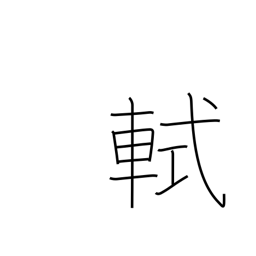
Meaning: front railing on a carriage